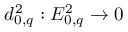
d _ { 0 , q } ^ { 2 } : E _ { 0 , q } ^ { 2 } \to 0